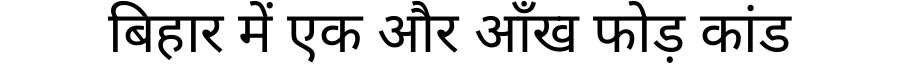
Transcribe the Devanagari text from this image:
बिहार में एक और आँख फोड़ कांड